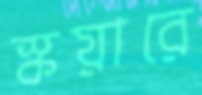
স্কয়ারে